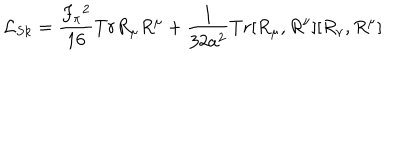
LaTeX: { \cal L } _ { S k } = \frac { F _ { \pi } { ^ 2 } } { 1 6 } T r R _ { \mu } R ^ { \mu } + \frac { 1 } { 3 2 a ^ { 2 } } T r [ R _ { \mu } , R ^ { \nu } ] [ R _ { \nu } , R ^ { \mu } ]